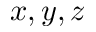
x , y , z